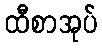
ထီစာအုပ်